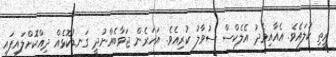
ރީތި ކުލައެވެ. އެއާއިމެދު އެލެކްސް ސުވާލު ކުރިއެވެ. އަހަރެން ޖަވާބެއްނުދީ ގަނޑުކޮޅެއް ދިއްކޮށްލައިފައި